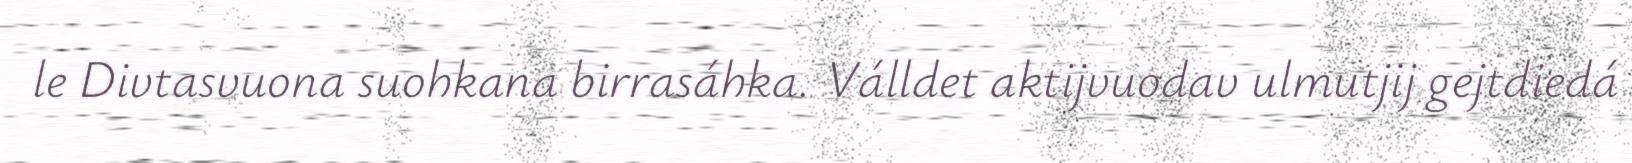
le Divtasvuona suohkana birrasáhka. Válldet aktijvuodav ulmutjij gejtdiedá